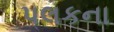
પલકના